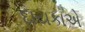
દાયકાએ